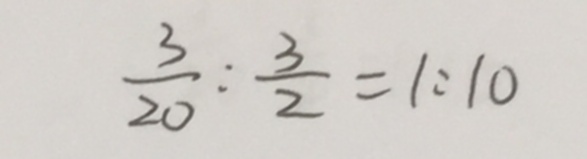
\frac { 3 } { 2 0 } : \frac { 3 } { 2 } = 1 : 1 0